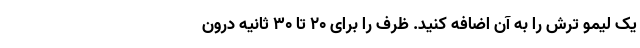
یک لیمو ترش را به آن اضافه کنید. ظرف را برای 20 تا 30 ثانیه درون